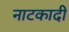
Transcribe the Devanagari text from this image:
नाटकादी